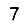
Digit: 7